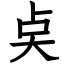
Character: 奌